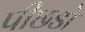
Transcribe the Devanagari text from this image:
पीछडो